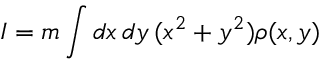
I = m \int d x \, d y \, ( x ^ { 2 } + y ^ { 2 } ) \rho ( x , y )